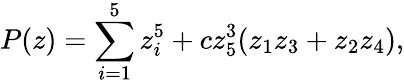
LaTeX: P(z)=\sum_{i=1}^{5}z_{i}^{5}+cz_{5}^{3}(z_{1}z_{3}+z_{2}z_{4}),